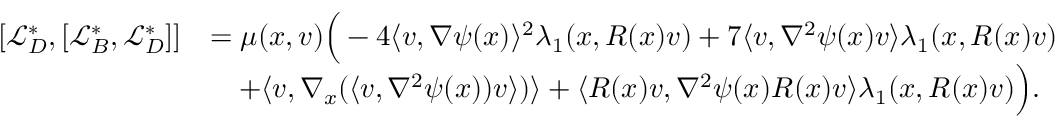
\begin{array} { r l } { [ \mathcal { L } _ { D } ^ { * } , [ \mathcal { L } _ { B } ^ { * } , \mathcal { L } _ { D } ^ { * } ] ] } & { = \mu ( x , v ) \Big ( - 4 \langle v , \nabla \psi ( x ) \rangle ^ { 2 } \lambda _ { 1 } ( x , R ( x ) v ) + 7 \langle v , \nabla ^ { 2 } \psi ( x ) v \rangle \lambda _ { 1 } ( x , R ( x ) v ) } \\ & { \quad + \langle v , \nabla _ { x } ( \langle v , \nabla ^ { 2 } \psi ( x ) ) v \rangle ) \rangle + \langle R ( x ) v , \nabla ^ { 2 } \psi ( x ) R ( x ) v \rangle \lambda _ { 1 } ( x , R ( x ) v ) \Big ) . } \end{array}